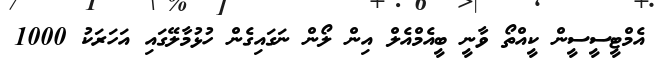
އެމްޓީސީސީން ކީއްތޯ ވާނީ ބީއެމްއެލް އިން ލޯން ނަގައިގެން ހުޅުމާލޭގައި އަހަރަކު 1000